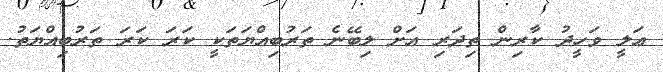
ޢަލީ ވަހީދު ކާރިން ތިދަރި އަށް ލިބޭނެ ތަރުބިއްޔަތަކީ ކަރަ ކަރަ ތަރުބިއްޔަތު.